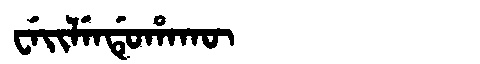
Manchu: ᠸᡝᡳᠯᡝᠨᡩᡠᡥᠠᡴᡡ
Romanization: WEILENDUHAKŪ